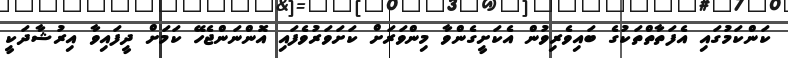
ކަންކަމުގައި އެފަތާތްތަކުގެ ބައިވެރިވުން އެކަށީގެންވާ މިންވަރަށް ކަށަވަރުވެފައި އޮންނަންޖެހޭ ކަމަށް ދީފައިވާ އިރުޝާދަކީ